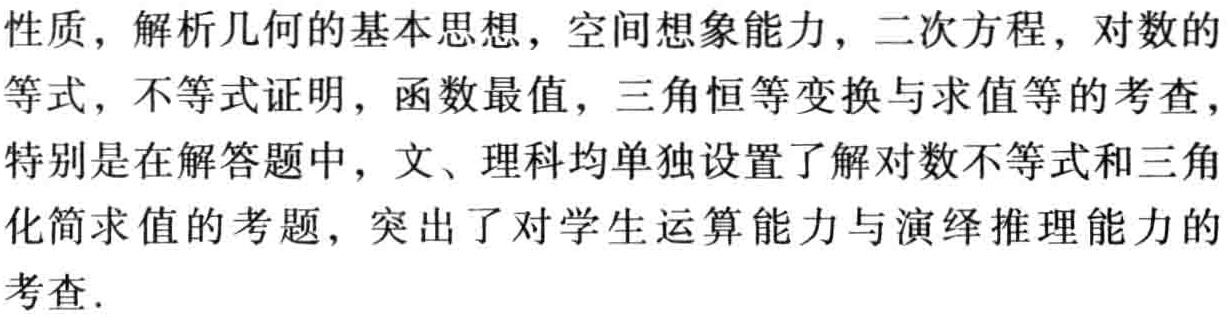
性质，解析几何的基本思想，空间想象能力，二次方程，对数的

等式，不等式证明，函数最值，三角恒等变换与求值等的考查，

特别是在解答题中，文、理科均单独设置了解对数不等式和三角

化简求值的考题，突出了对学生运算能力与演绎推理能力的

考查.